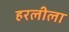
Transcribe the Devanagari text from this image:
हरलीला